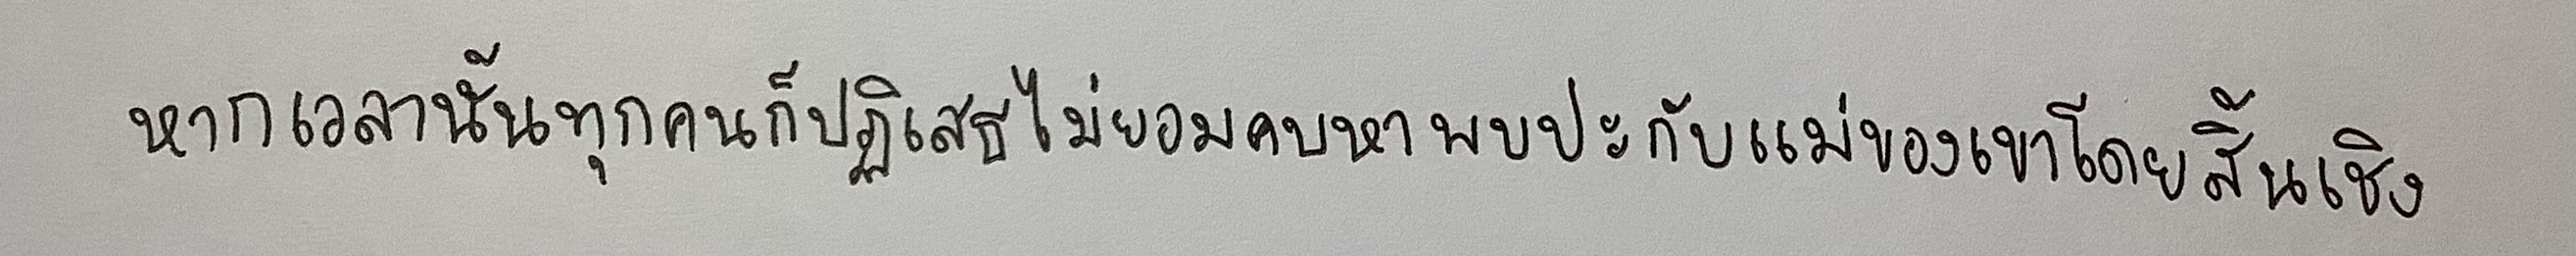
หากเวลานั้นทุกคนก็ปฏิเสธไม่ยอมคบหาพบปะกับแม่ของเขาโดยสิ้นเชิง